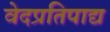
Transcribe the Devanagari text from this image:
वेदप्रतिपाद्य